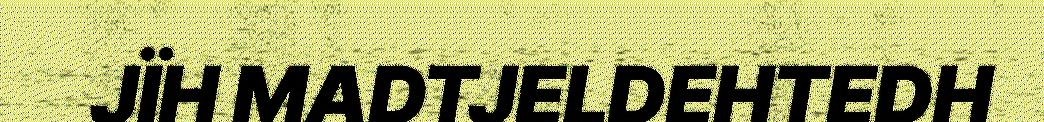
JÏH MADTJELDEHTEDH